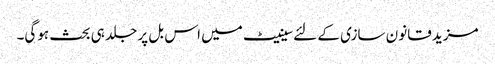
مزید قانون سازی کے لئےسینیٹ میں اس بل پر جلد ہی بحث ہوگی۔